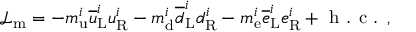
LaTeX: { \mathcal { L } } _ { \mathrm { m } } = - m _ { \mathrm { u } } ^ { i } { \overline { { u } } } _ { \mathrm { L } } ^ { i } u _ { \mathrm { R } } ^ { i } - m _ { \mathrm { d } } ^ { i } { \overline { { d } } } _ { \mathrm { L } } ^ { i } d _ { \mathrm { R } } ^ { i } - m _ { \mathrm { e } } ^ { i } { \overline { { e } } } _ { \mathrm { L } } ^ { i } e _ { \mathrm { R } } ^ { i } + { \textrm { h . c . } } ,